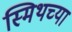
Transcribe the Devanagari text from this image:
स्मिथच्या